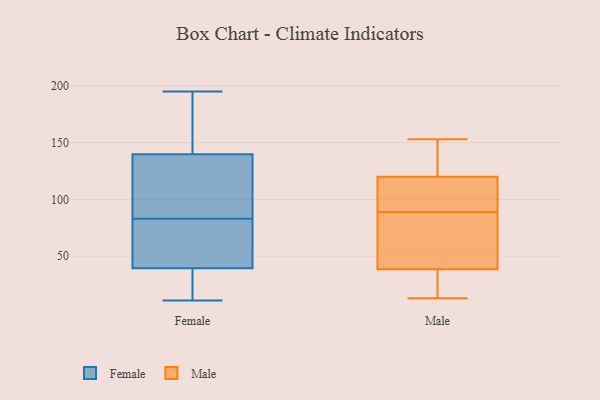
{"axis": {"x": "Production Output", "y": "Value"}, "legend": ["Female", "Male"], "data": [{"x": "", "y": 11, "type": "Female"}, {"x": "", "y": 22, "type": "Female"}, {"x": "", "y": 48, "type": "Female"}, {"x": "", "y": 171, "type": "Female"}, {"x": "", "y": 195, "type": "Female"}, {"x": "", "y": 40, "type": "Female"}, {"x": "", "y": 105, "type": "Female"}, {"x": "", "y": 118, "type": "Female"}, {"x": "", "y": 193, "type": "Female"}, {"x": "", "y": 30, "type": "Female"}, {"x": "", "y": 39, "type": "Female"}, {"x": "", "y": 87, "type": "Female"}, {"x": "", "y": 139, "type": "Female"}, {"x": "", "y": 74, "type": "Female"}, {"x": "", "y": 50, "type": "Female"}, {"x": "", "y": 83, "type": "Female"}, {"x": "", "y": 140, "type": "Female"}, {"x": "", "y": 166, "type": "Female"}, {"x": "", "y": 18, "type": "Female"}, {"x": "", "y": 153, "type": "Male"}, {"x": "", "y": 32, "type": "Male"}, {"x": "", "y": 121, "type": "Male"}, {"x": "", "y": 111, "type": "Male"}, {"x": "", "y": 44, "type": "Male"}, {"x": "", "y": 62, "type": "Male"}, {"x": "", "y": 72, "type": "Male"}, {"x": "", "y": 133, "type": "Male"}, {"x": "", "y": 33, "type": "Male"}, {"x": "", "y": 119, "type": "Male"}, {"x": "", "y": 106, "type": "Male"}, {"x": "", "y": 13, "type": "Male"}]}